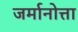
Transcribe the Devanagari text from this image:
जर्मानोत्ता